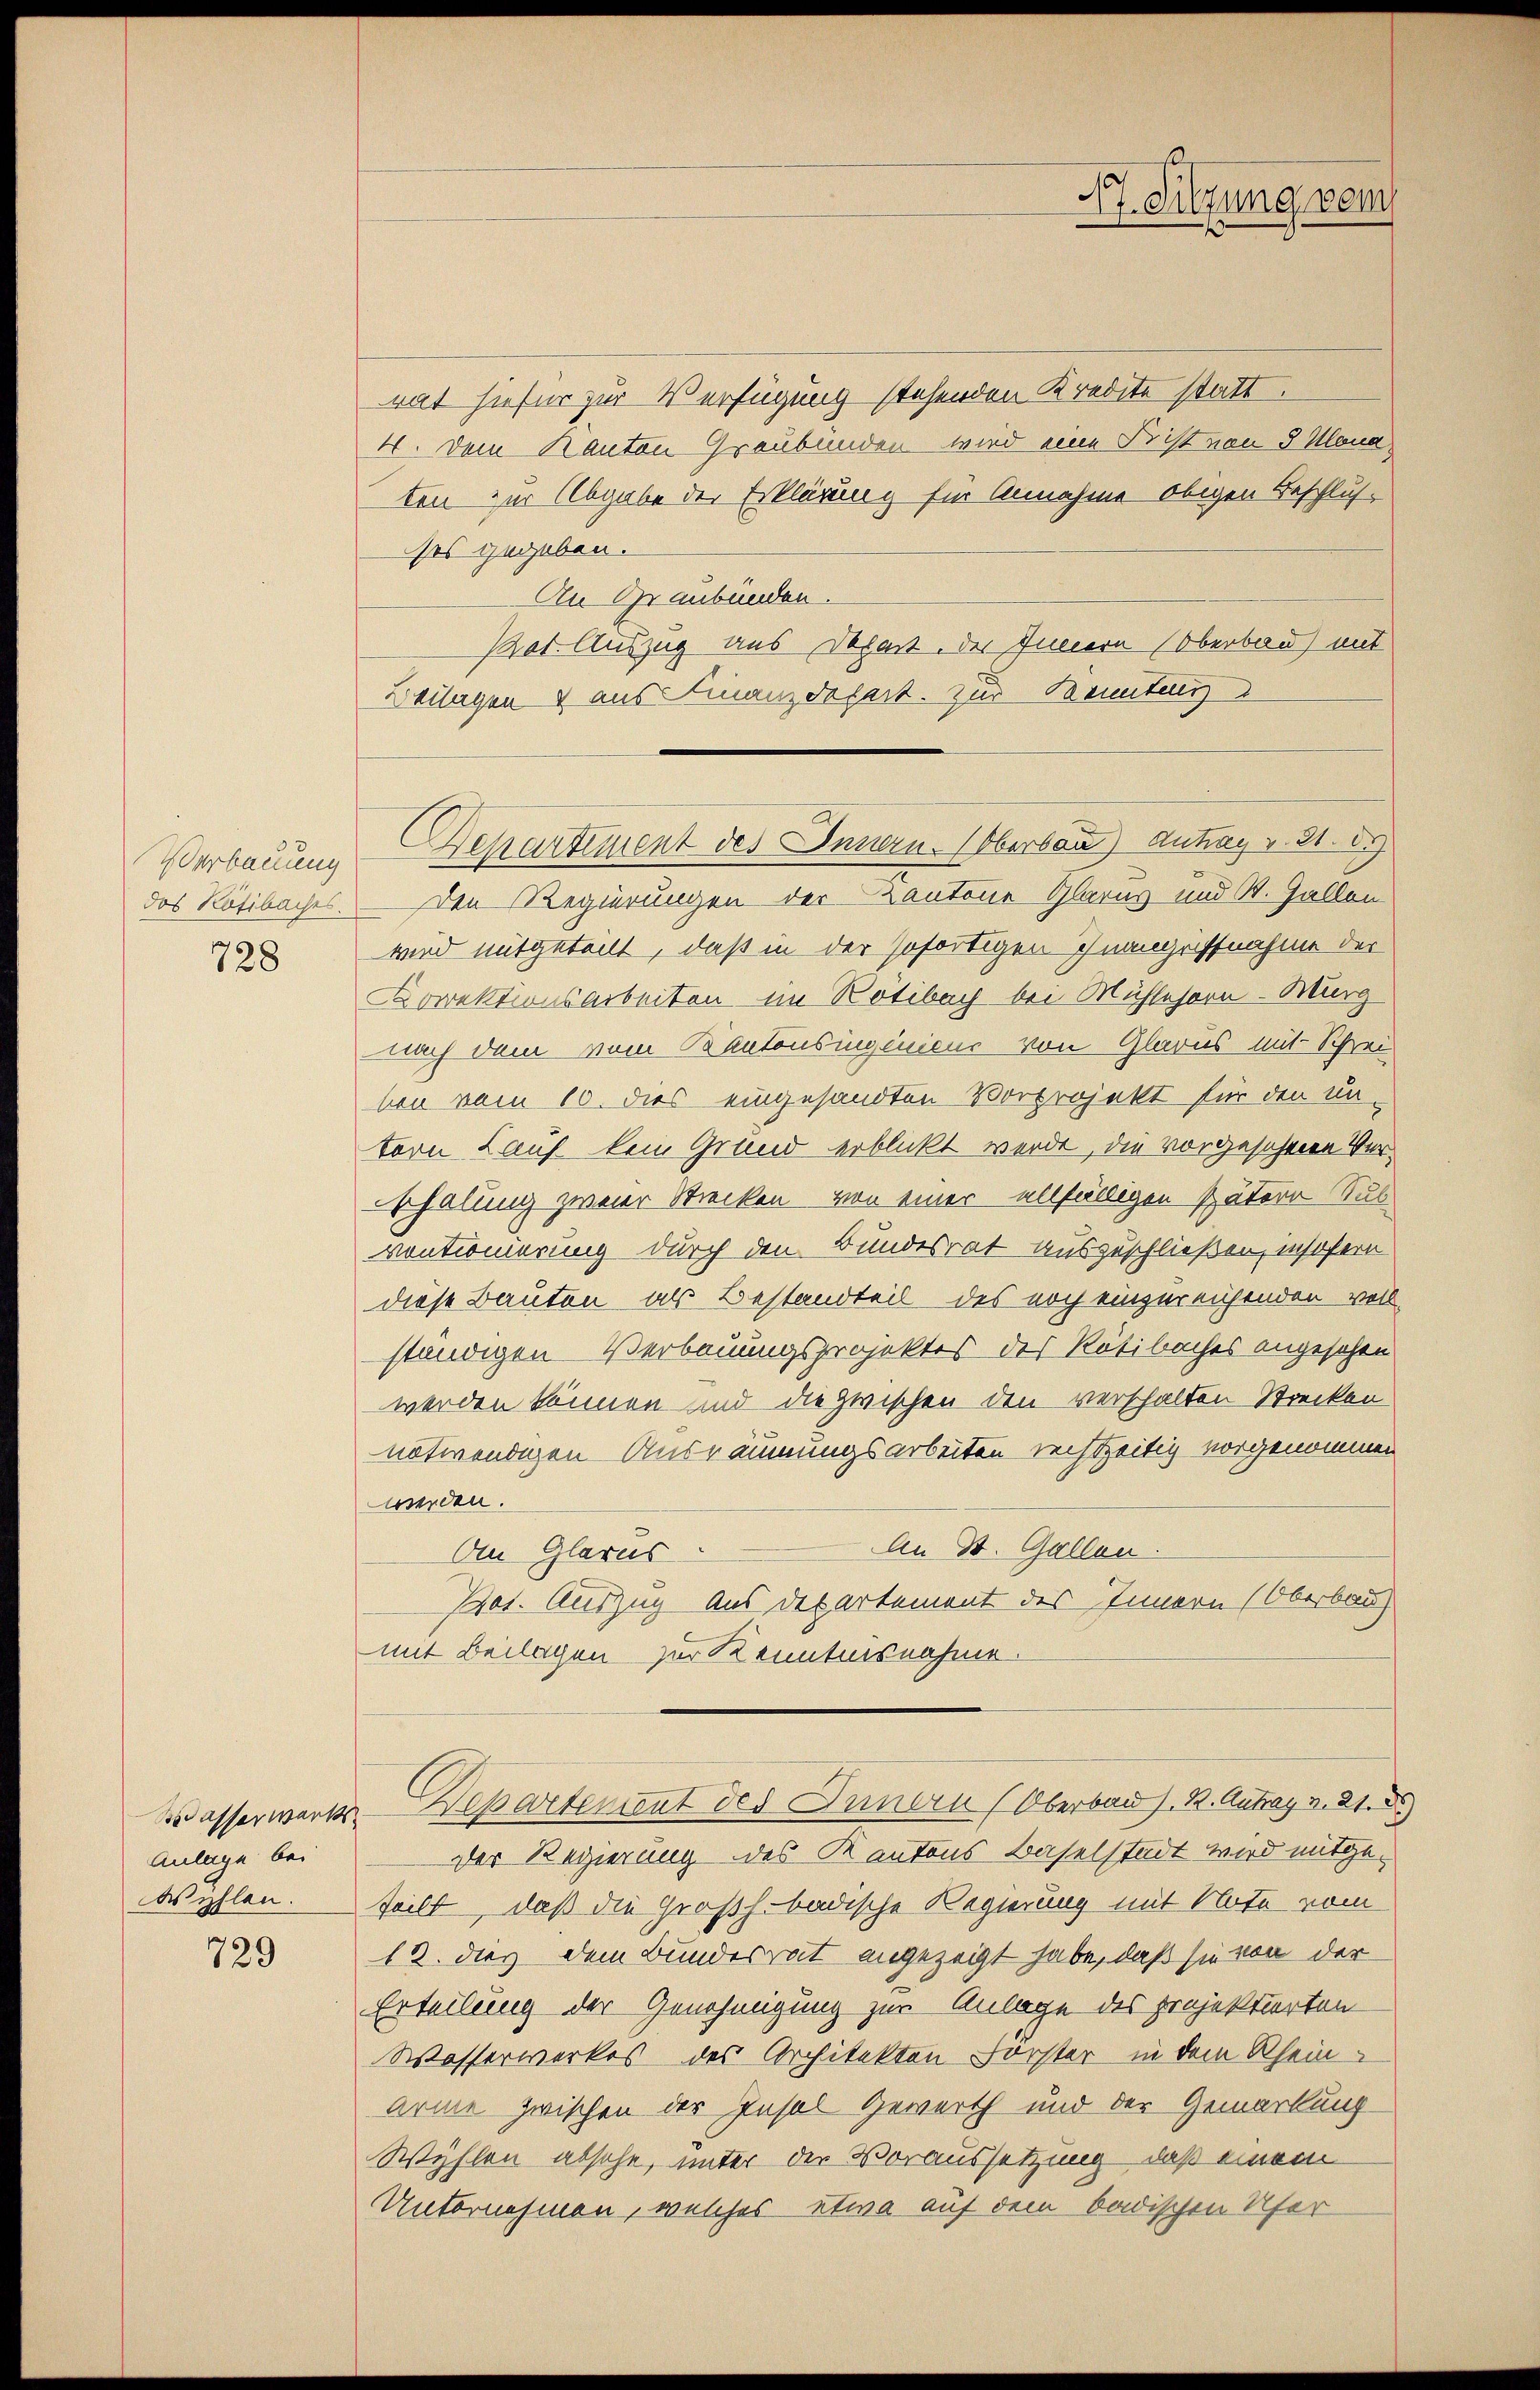
Verbauung
das Rösibaches.

728

Wasserwerks¬
Anlage bei
Wyhlen.

729

rat hiefür zur Verfügung stehenden Kredite statt.
4. Dein Kanton Graubünden wird eine Frist von 5 Klana,
ten zur Abgabe der Erklärung für Annahme obigen Beschlusses gegeben.
An Graubünden.
Pot. Auszug aus Depart. des Innern Oberbau) mit
Beilagen & aus Finanzdepart. Zur Kennteng
Den Regierungen der Kantone Glarus und St. Gallen
wird mitgeteilt, daß in der sofortigen Inangriffnahme der
Korrektionsarbeiten im Rotibach bei Mühlehorn - Würg
nach dem vom Bantonsingeniens von Glarus mit Schrei
ben vom 10. dies eingesandten Vorprojekt für den untern Lauf kein Grund erblickt werde, die vorgesehene Verschalung zweier Strecken von einer allfälligen spätere Sub
vontionierung durch den Bundesrat auszuschließen, insofern
diese Bauten als Bestandteil des noch einzureichenden voll
ständigen Verbauungsprojektes des Rötibaches angesehen
werden können und die zwischen den verschalten Strecken
notwendigen Ausräumungsarbeiten rechtzeitig vorgenommen
werden.
An St. Gallen.
An Glarus
Pot. Auszug aus Departement des Innern (Oberbau
mit Beilagen zur Kenntnisnahme.
Departement des Innern (Oberbau s. B. Antrag v. 21. d
der Regierung des Kantons Baselstadt wird mitgeteilt, daß die Großh. badische Regierung mit Note vom
12. dies dem Bundesrat angezeigt habe, daß sie von der
Erteilung der Genehmigung zur Anlage des projektiorten
Wasserwerkes des Architekten Forster in dem Rheinarme zwischen der Insel Gewerth und der Gemarkung
Wyhlen absehe, unter der Voraussetzung, daß einem
Unternehmen, welches etwa auf dem badischen Ufer

17. Sitzung vom

Departement des Innern. Oberban) Antrag v. 21. d.